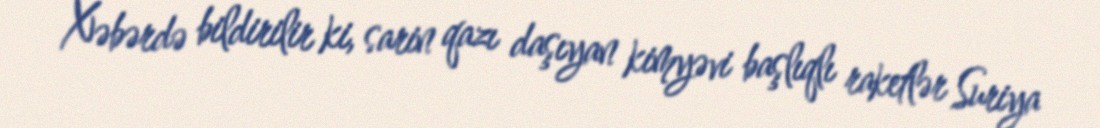
Xəbərdə bildirilir ki, sarin qazı daşıyan kimyəvi başlıqlı raketlər Suriya